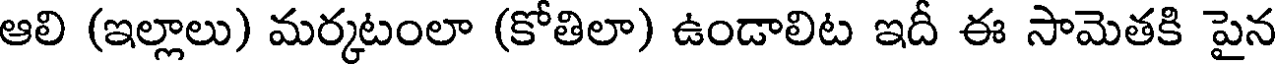
ఆలి (ఇల్లాలు) మర్కటంలా (కోతిలా) ఉండాలిట ఇదీ ఈ సామెతకి పైన